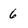
Character: 6